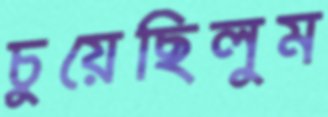
চুয়েছিলুম